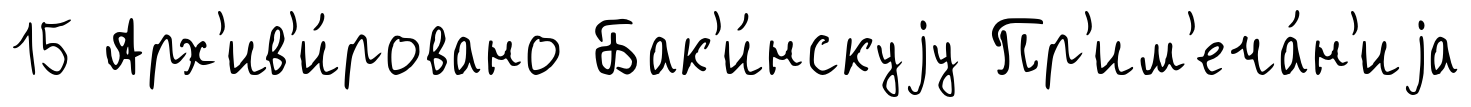
15 Арх'ив'и́ровано Бак'и́нскуjу Пр'им'еча́н'иjа